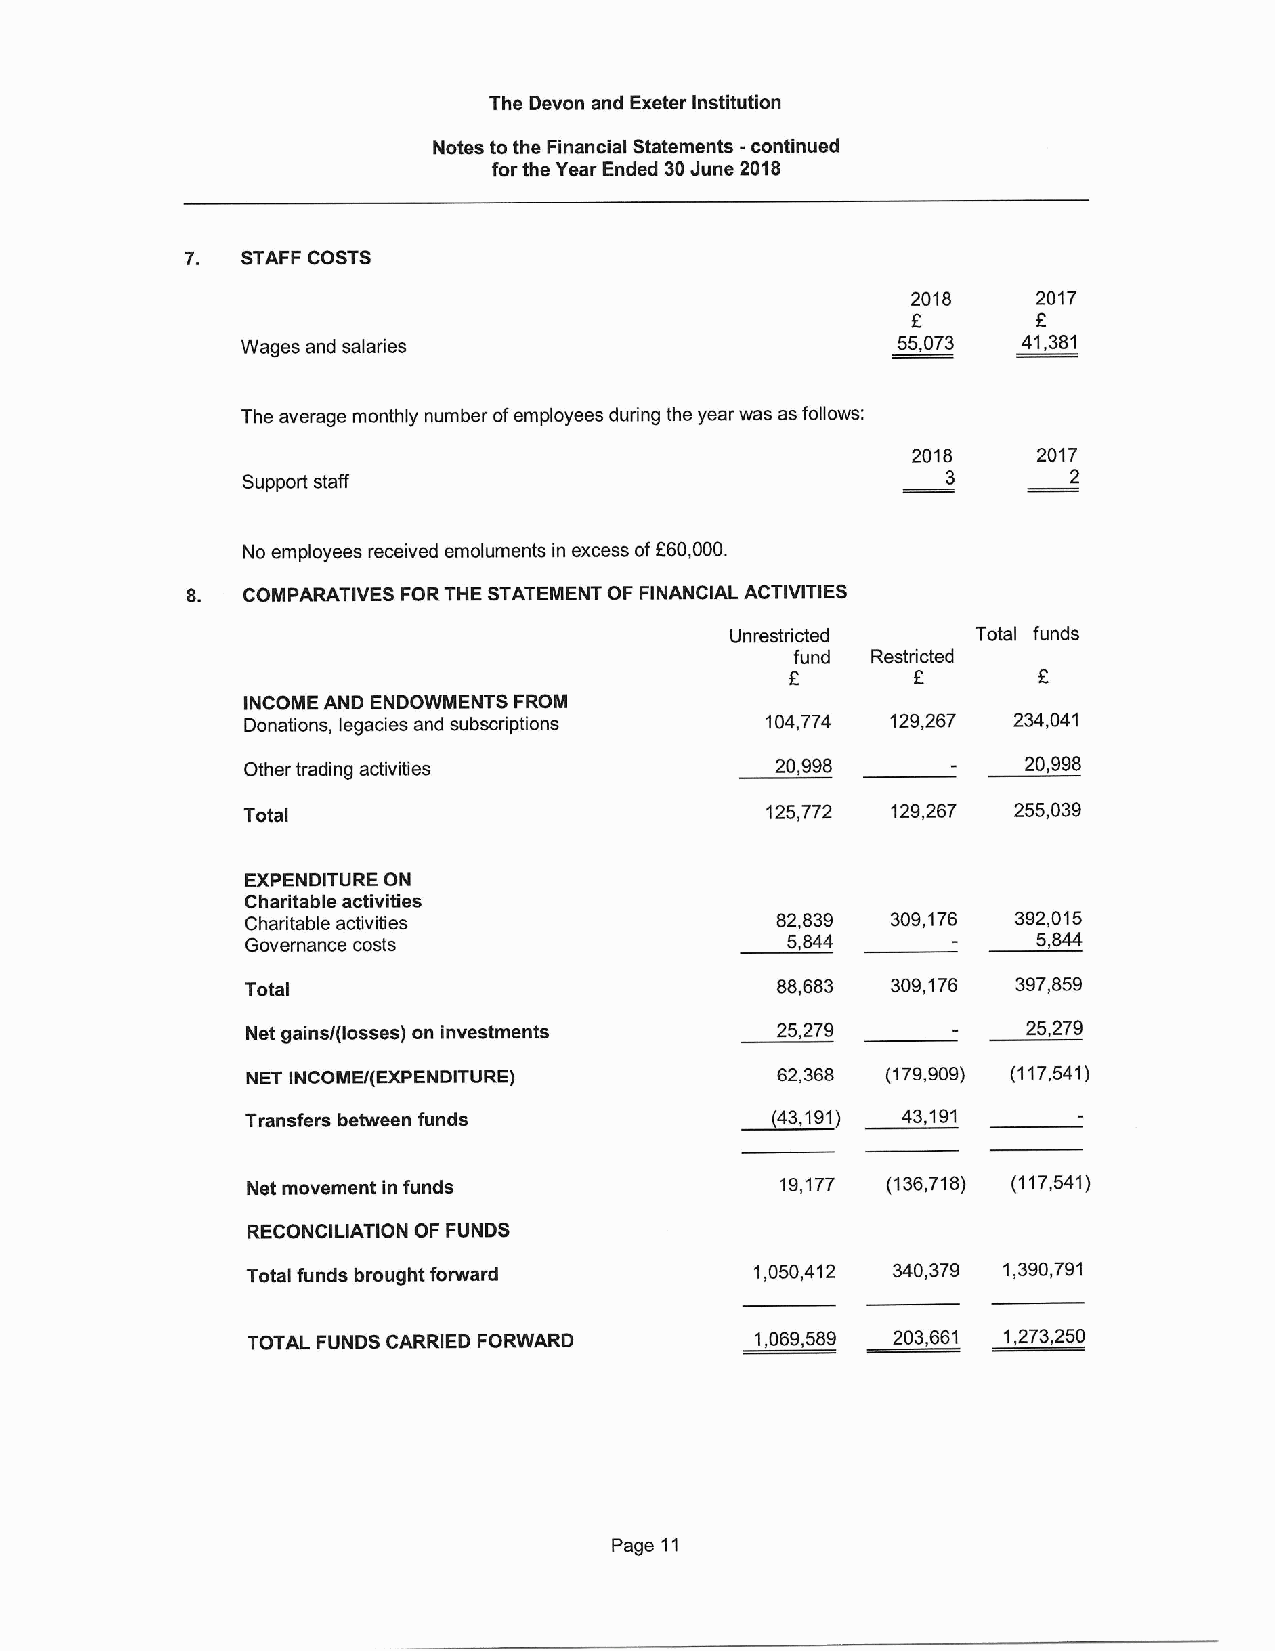
The Devon and Exeter Institution
 Notes to the Financial Statements -continued
 forthe Year Ended 30June 2018
 7.  STAFF COSTS
 2018     2017
 Wages and saiaries                         55,073   41,381
 The average monthly number ofemployees during the year was as follows:
 2018     2017
 Support staff                                  3       2
 f
 No employees received emoluments in excess of 60,000.
 COMPARATIVES FOR THE STATEMENT OF FINANCIAL ACTIVITIES
 Unrestricted     Total funds
 fund Restricted
 INCOME AND ENDOWMENTS FROM
 Donations, legacies and subscriptions 104,774 129,267 234,041
 Other trading activities           20,998           20,998
 Total                              125,772 129,267 255,039
 EXPENDITURE ON
 Charitable activities
 Charitable activities              82,839  309,176 392,015
 Governance costs                    5,844            5,844
 Total                              88,683  309,176 397,859
 Net gains/(losses) on investments  25,279           25,279
 NET INCOME/(EXPENDITURE)           62,368  (179,909) (117,541)
 ~43,
 Transfers between funds              191)   43,191
 Net movement in funds               19,177 (136,718) (117,541)
 RECONCILIATION OF FUNDS
 Total funds brought forward       1,050,412 340,379 1,390,791
 TOTAL FUNDS CARRIED FORWARD       1,069,589 203,661 1,273,250
 Page 11